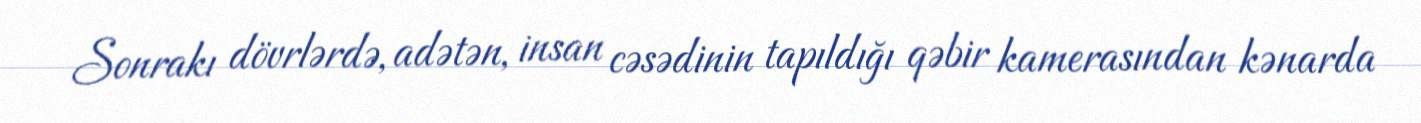
Sonrakı dövrlərdə, adətən, insan cəsədinin tapıldığı qəbir kamerasından kənarda